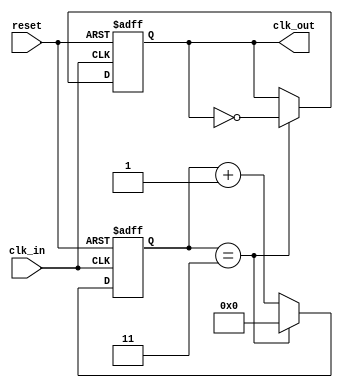
module ClockDivider #(
    parameter N = 4  // Division factor (default is 4)
)(
    input wire clk_in,   // Input clock signal
    input wire reset,    // Asynchronous reset signal
    output reg clk_out   // Output divided clock signal
);

    reg [31:0] counter;  // Internal counter to track clock cycles

    // Asynchronous reset and clock generation
    always @(posedge clk_in or posedge reset) begin
        if (reset) begin
            counter <= 0;      // Reset the counter
            clk_out <= 0;      // Reset output clock
        end else begin
            if (counter == (N - 1)) begin
                clk_out <= ~clk_out; // Toggle output clock
                counter <= 0;         // Reset counter
            end else begin
                counter <= counter + 1; // Increment counter
            end
        end
    end

endmodule